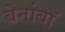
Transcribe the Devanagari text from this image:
बेर्नाबॉ